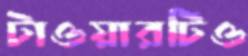
টাওয়ারটিও